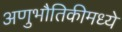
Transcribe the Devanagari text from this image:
अणुभौतिकीमध्ये